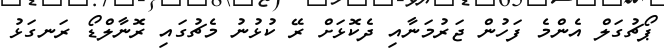
ޕޯޗުގަލް އެންމެ ފަހުން ޖަރުމަނާއި ދެކޮޅަށް ރޭ ކުޅުނު މެޗުގައި ރޮނާލްޑޯ ރަނގަޅު